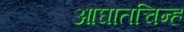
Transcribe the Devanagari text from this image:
आघातचिन्ह